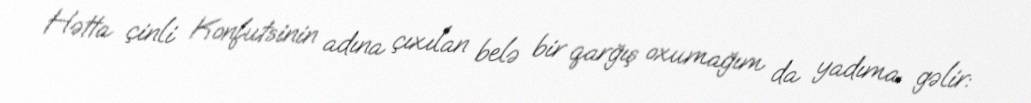
Hətta çinli Konfutsinin adına çıxılan belə bir qarğış oxumağım da yadıma gəlir: